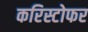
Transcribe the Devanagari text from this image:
करिस्टोफर